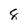
Character: 8